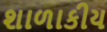
શાળાકીય